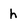
Character: h